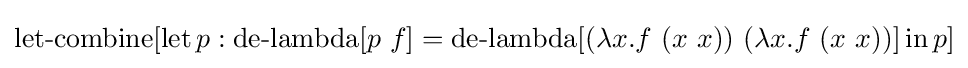
\operatorname {let-combine} [\operatorname {let} p:\operatorname {de-lambda} [p\ f]=\operatorname {de-lambda} [(\lambda x.f\ (x\ x))\ (\lambda x.f\ (x\ x))]\operatorname {in} p]